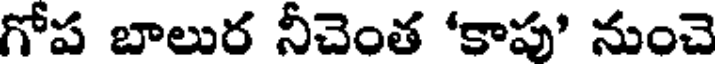
గోప బాలుర నీచెంత 'కాపు' నుంచె